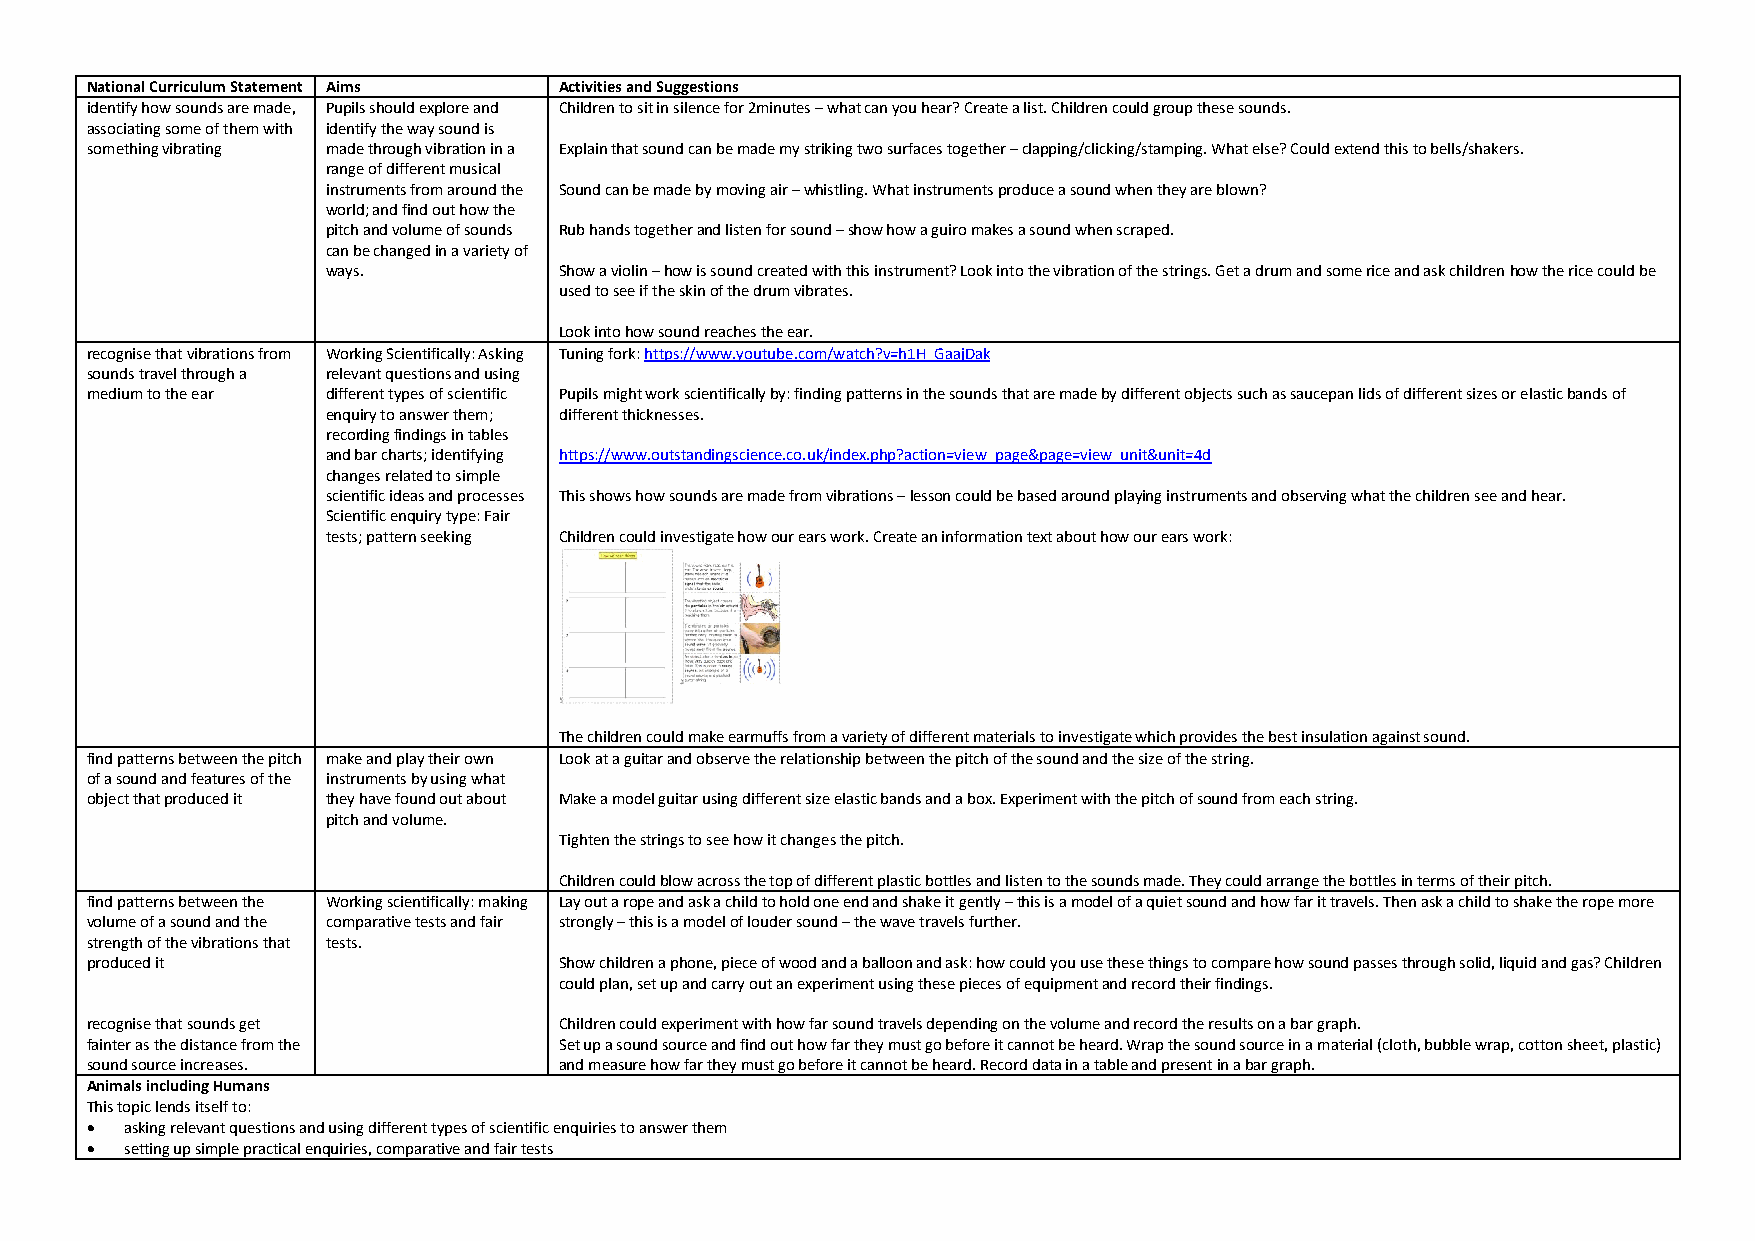
National Curriculum Statement Aims Activities and Suggestions
 identify how sounds are made, Pupils should explore and Children to sit in silence for 2minutes – what can you hear? Create a list. Children could group these sounds.
 associating some of them with identify the way sound is
 something vibrating made through vibration in a Explain that sound can be made my striking two surfaces together – clapping/clicking/stamping. What else? Could extend this to bells/shakers.
 range of different musical
 instruments from around the Sound can be made by moving air – whistling. What instruments produce a sound when they are blown?
 world; and find out how the
 pitch and volume of sounds Rub hands together and listen for sound – show how a guiro makes a sound when scraped.
 can be changed in a variety of
 ways.          Show a violin – how is sound created with this instrument? Look into the vibration of the strings. Get a drum and some rice and ask children how the rice could be
 used to see if the skin of the drum vibrates.
 Look into how sound reaches the ear.
 recognise that vibrations from Working Scientifically: Asking Tuning fork: https://www.youtube.com/watch?v=h1H_GaajDak
 sounds travel through a relevant questions and using
 medium to the ear different types of scientific Pupils might work scientifically by: finding patterns in the sounds that are made by different objects such as saucepan lids of different sizes or elastic bands of
 enquiry to answer them; different thicknesses.
 recording findings in tables
 and bar charts; identifying https://www.outstandingscience.co.uk/index.php?action=view_page&page=view_unit&unit=4d
 changes related to simple
 scientific ideas and processes This shows how sounds are made from vibrations – lesson could be based around playing instruments and observing what the children see and hear.
 Scientific enquiry type: Fair
 tests; pattern seeking Children could investigate how our ears work. Create an information text about how our ears work:
 The children could make earmuffs from a variety of different materials to investigate which provides the best insulation against sound.
 find patterns between the pitch make and play their own Look at a guitar and observe the relationship between the pitch of the sound and the size of the string.
 of a sound and features of the instruments by using what
 object that produced it they have found out about Make a model guitar using different size elastic bands and a box. Experiment with the pitch of sound from each string.
 pitch and volume.
 Tighten the strings to see how it changes the pitch.
 Children could blow across the top of different plastic bottles and listen to the sounds made. They could arrange the bottles in terms of their pitch.
 find patterns between the Working scientifically: making Lay out a rope and ask a child to hold one end and shake it gently – this is a model of a quiet sound and how far it travels. Then ask a child to shake the rope more
 volume of a sound and the comparative tests and fair strongly – this is a model of louder sound – the wave travels further.
 strength of the vibrations that tests.
 produced it                    Show children a phone, piece of wood and a balloon and ask: how could you use these things to compare how sound passes through solid, liquid and gas? Children
 could plan, set up and carry out an experiment using these pieces of equipment and record their findings.
 recognise that sounds get      Children could experiment with how far sound travels depending on the volume and record the results on a bar graph.
 fainter as the distance from the Set up a sound source and find out how far they must go before it cannot be heard. Wrap the sound source in a material (cloth, bubble wrap, cotton sheet, plastic)
 sound source increases.        and measure how far they must go before it cannot be heard. Record data in a table and present in a bar graph.
 Animals including Humans
 This topic lends itself to:
 • asking relevant questions and using different types of scientific enquiries to answer them
 • setting up simple practical enquiries, comparative and fair tests